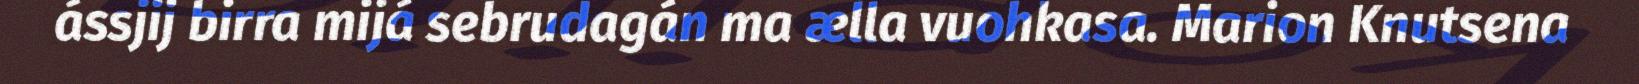
ássjij birra mijá sebrudagán ma ælla vuohkasa. Marion Knutsena